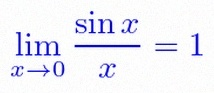
\lim_{x\to0}\frac{\sin x}{x}=1